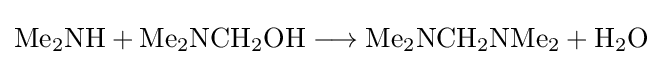
{\mathrm {Me} {\vphantom {A}}_{\smash[{t}]{2}}\mathrm {NH} {}+{}\mathrm {Me} {\vphantom {A}}_{\smash[{t}]{2}}\mathrm {NCH} {\vphantom {A}}_{\smash[{t}]{2}}\mathrm {OH} {}\mathrel {\longrightarrow } {}\mathrm {Me} {\vphantom {A}}_{\smash[{t}]{2}}\mathrm {NCH} {\vphantom {A}}_{\smash[{t}]{2}}\mathrm {NMe} {\vphantom {A}}_{\smash[{t}]{2}}{}+{}\mathrm {H} {\vphantom {A}}_{\smash[{t}]{2}}\mathrm {O} }